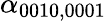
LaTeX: \alpha_{0010,0001}